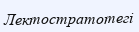
Лектостратотегі